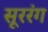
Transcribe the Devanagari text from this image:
सूररंग